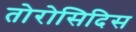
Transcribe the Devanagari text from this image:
तोरोसिदिस